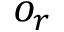
o _ { r }